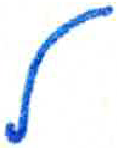
אות: ל